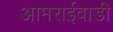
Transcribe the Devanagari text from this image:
आमराईवाडी